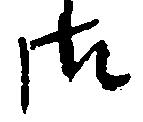
御